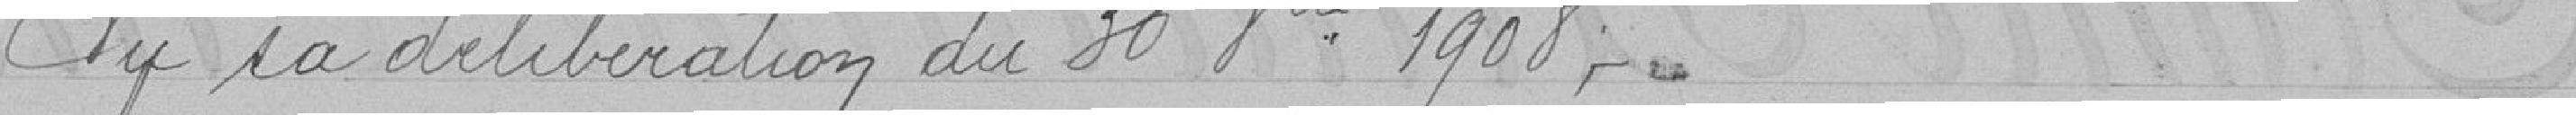
Vu sa délibération du 30 Octobre 1908,